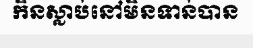
កិនស្លាប់នៅមិនទាន់បាន